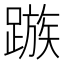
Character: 𨄕